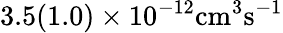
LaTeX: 3.5(1.0)\times 10^{-12}\mathrm{{cm}^{3}\mathrm{{s}^{-1}}}